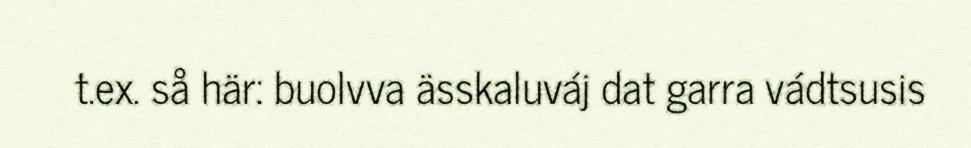
t.ex. så här: buolvva ässkaluváj dat garra vádtsusis